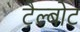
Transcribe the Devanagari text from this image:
टैल्बोट